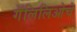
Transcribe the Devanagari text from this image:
गॅलिलिओचे